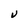
Character: V